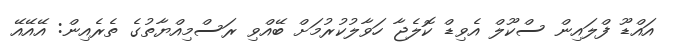
އައްޑޫ ފްލައިން ސްކޫލް އެވިޑް ކޮލެޖާ ހަވާލުކުރުމަށް ބޭއްވި ރަސްމިއްޔާތުގެ ތެރެއިން: އޭއޭއޭ